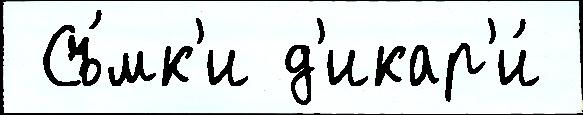
 Съ́мк'и д'икар'и́